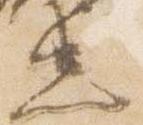
忠